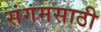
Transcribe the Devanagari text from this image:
संगमसाठी